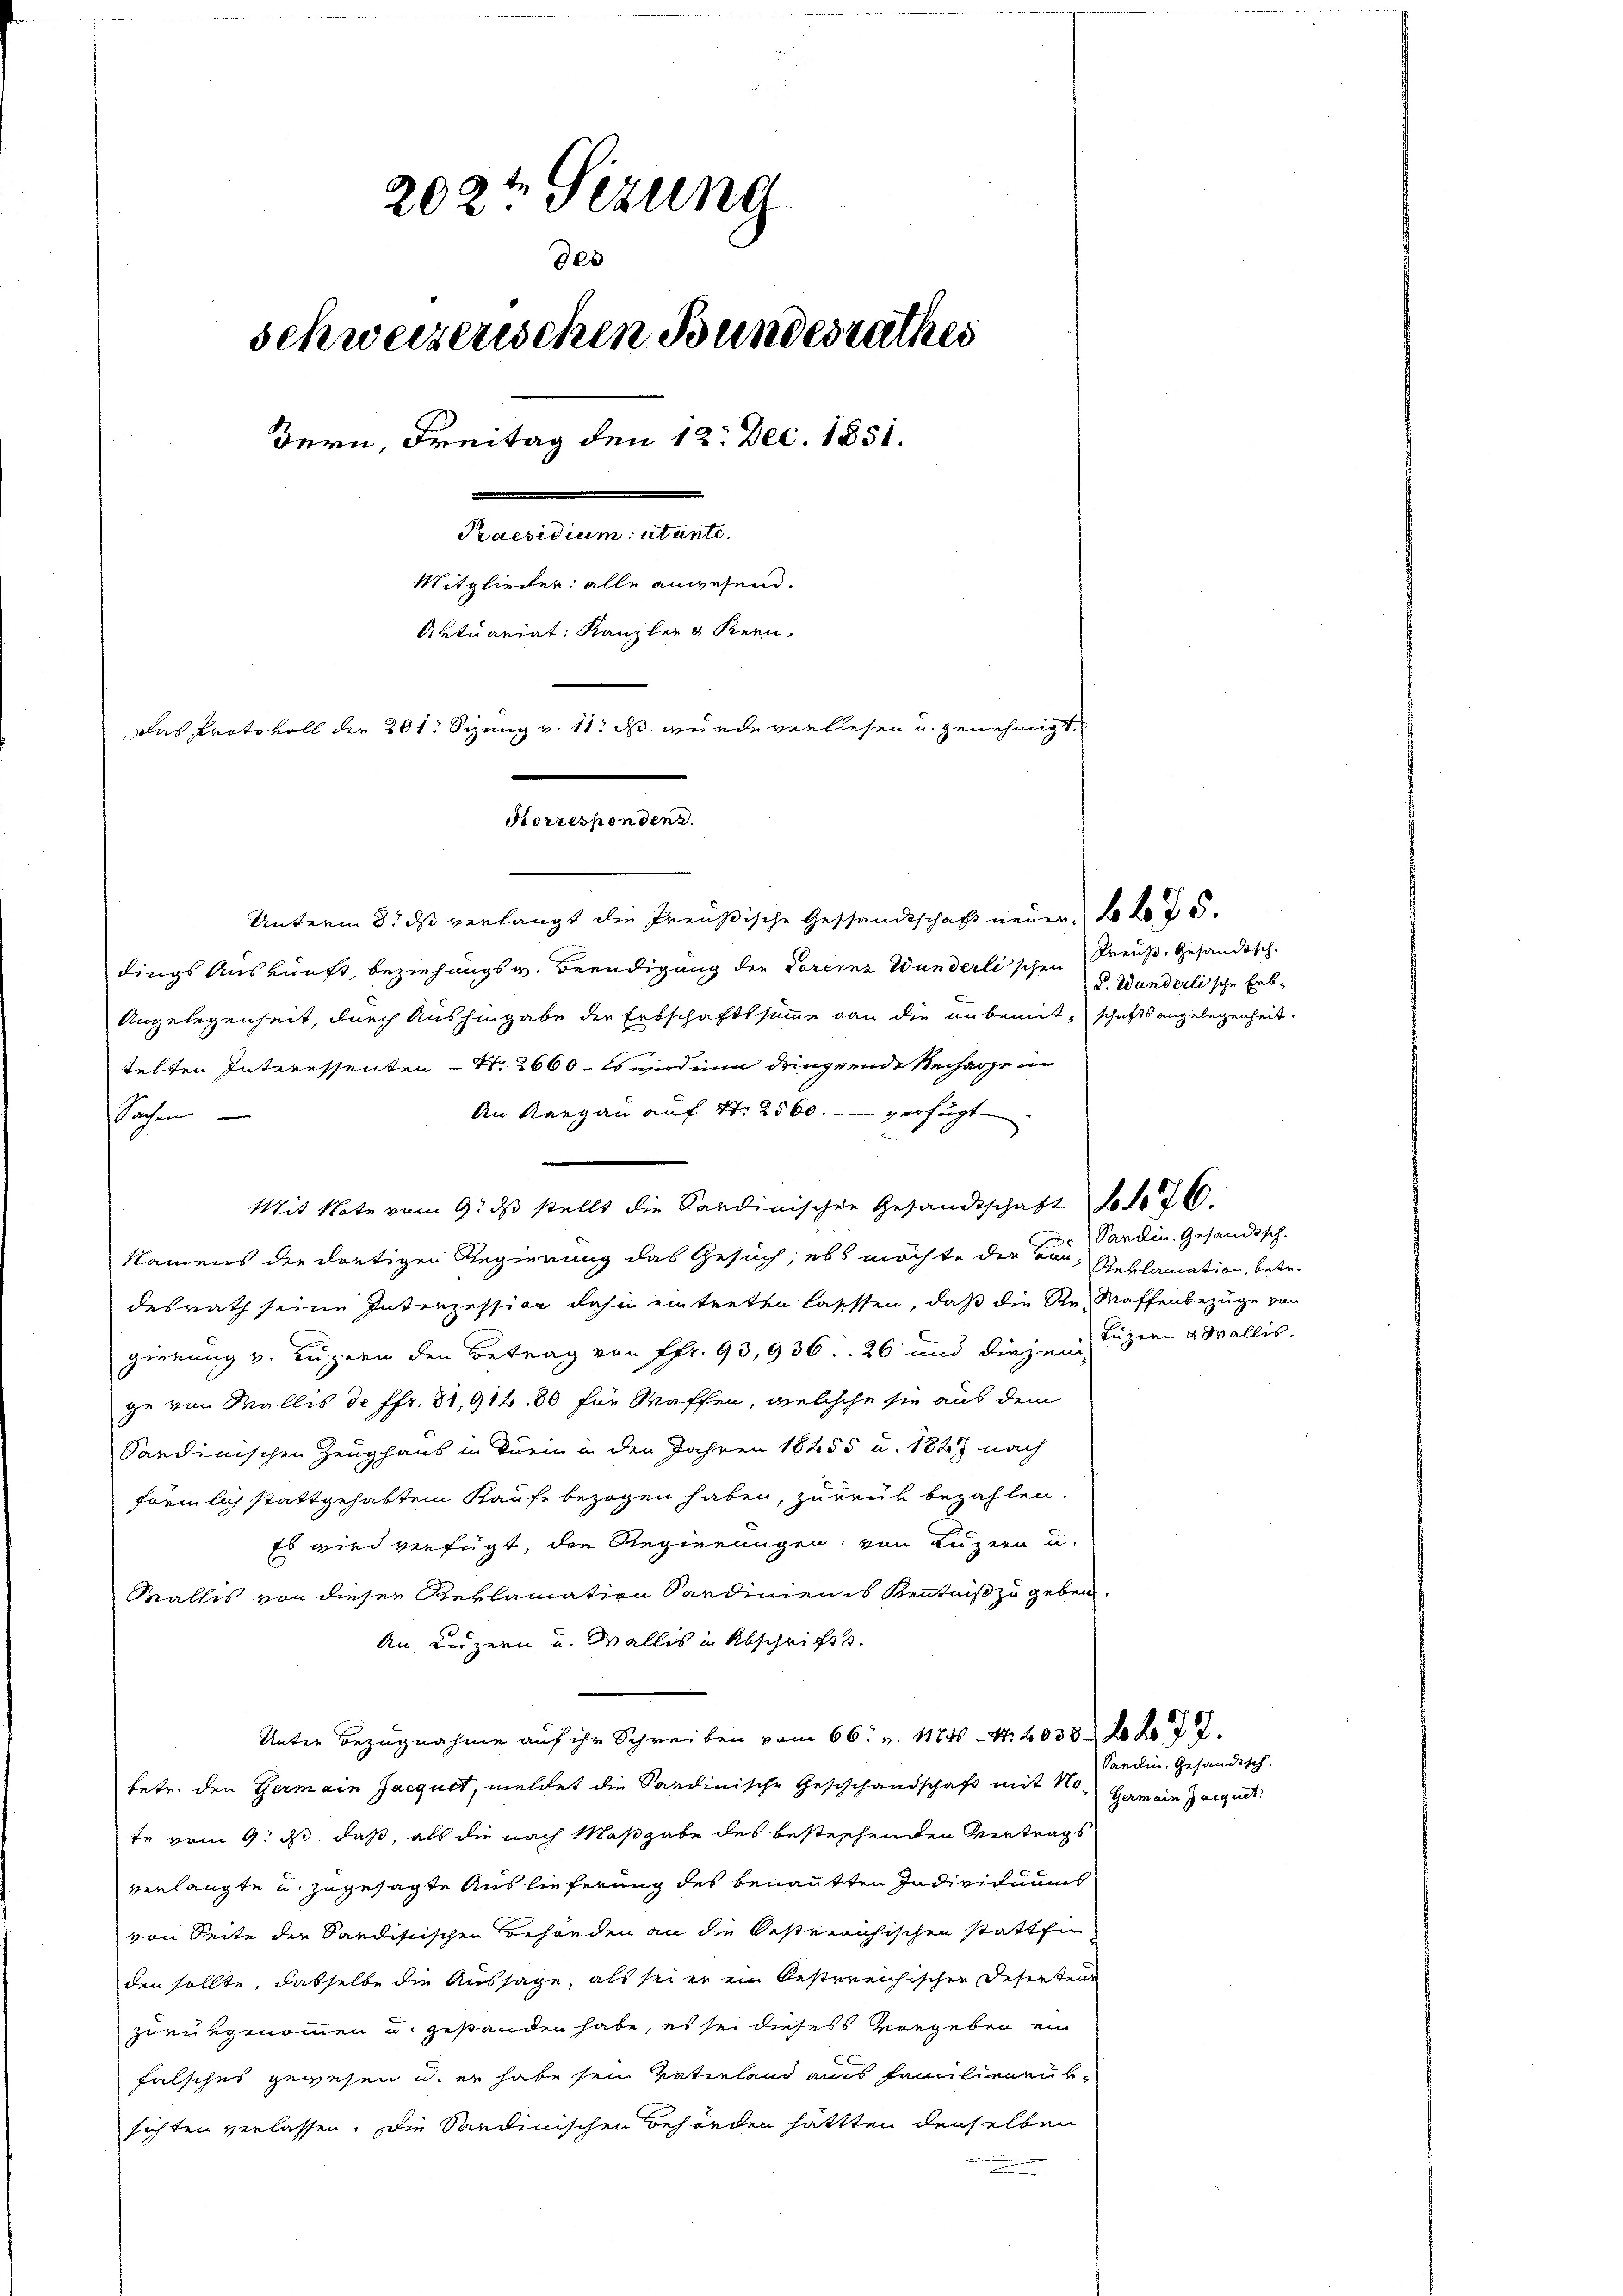
202t Sizung
des
schweizerischen Bundesrathes
Bern, Freitag den 12. Dec. 1851.
Fernennen derse
Mitglieder: alle anwesend.
Aktuariat: Kanzler & Kern.
Das Protokoll der 201. Sizung v. 11. M. wurde verliesen u. genehmigt.
Korrespondenz.

Unterm 8. ds verlangt die Preußische Gesandtschaft neuer, 2 do 5.
dings Auskunft, beziehungs v. Beendigung der Voreins Wunderlischen
Angelegenheit, durch Aushingabe der Erbschaftssumme dann die unbemitschaftsangelegenheit.
telten Interessenten S. 2660 - Es wird eine dringeende Recharge in
An Aargau auf Nr. 2500. - - verfügt
öchen
Mit Note vom 9. ds stellt die Sardinischen Gesandtschaft deto 26.
Namens der dortigen Regierung das Gesuch, es möchte der vor, Reklamation, betr.
desrath seine Interzession dahin eintreten lassen, daß die ReMaffenbezüge von
gierung v. Luzern den Betrag von Fr. 93,936. 26 und diesen Luzern & Wallis,
ge von Wallis de ffr. 81,91680 für Waffen, welchehe sie aus dem
Sardinischen Zeughaus in Turin in den Jahren 18255 u. 1827 nach
förmlich stattgehabtem Kaufe bezogen haben, zurück bezahlen.
Es wird verfügt, den Regierungen, von Luzern u.
Wallis von dieser Reklamation Sardinien es Kenntniß zu geben.
An Luzern und Wallis in Abschrift.
Unter Bezugnahme auf ihr Schreiben vom 66. v. 11846 - 4. 2038 do do 2.
betr. den Germain Jacquet, meldet die Sardinische Geschchandschaft mit No-Gemein Jacquit.
te vom 9. ds. daß, als die nach Maßgabe des bestechenden Vertrags
verlangte u. zugesagte Auslieferung des benanntten Individuums
von Seite der Sandistischen Behörden an die bestreichischen stattfin
den sollte, dasselbe die Aussage, als sei er ein bestreichischen Deserten
zurükgenommen u. gestanden habe, es sei dieses vorgeben ein
falsches gewesen u. er habe sein Vaterland aus Familienen be
sichten verlassen. Die Sardinischen Behörden hättten denselben

Preuß. Gesandtsch.
S. Wunderlische Erb¬

Sarden. Gesandisch.

Sardin. Gefändisch.